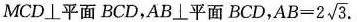
MCD \bot 平面BCD，AB \bot 平面BCD， $$A B = 2 \sqrt { 3 }$$.